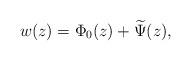
LaTeX: \begin{align*}w(z) = \Phi_0(z) + \widetilde{\Psi}(z),\end{align*}